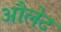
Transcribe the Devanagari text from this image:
औलेट